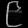
Digit: ၉